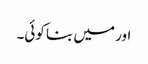
اور میں بنا کوئی۔